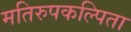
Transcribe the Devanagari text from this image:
मतिरुपकल्पिता